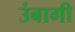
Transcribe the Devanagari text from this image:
उंबागी